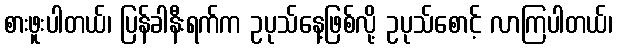
စားဖူးပါတယ်၊ ပြန်ခါနီးရက်က ဥပုသ်နေ့ဖြစ်လို့ ဥပုသ်စောင့် လာကြပါတယ်၊